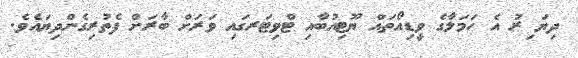
ދިޔަ ިރު އެ ހަމަލާގެ ވީޑިއޯތައް ޔޫޓިއުބާއި ޓްވިޓަރގައި ވަރަށް ބާރަށް ފެތުރިގެންދިޔައެވެ.